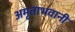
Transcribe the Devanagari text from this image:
अमृताभवानी